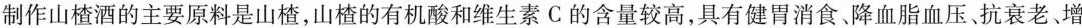
制作山楂酒的主要原料是山楂，山楂的有机酸和维生素C的含量较高，具有健胃消食、降血脂血压、抗衰老增